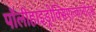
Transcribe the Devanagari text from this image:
पॉलीहाइड्रोक्सिएल्कानोट्स